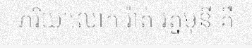
ភរិយាលោក រ៉ាត់ រត្នមុនី គឺ